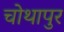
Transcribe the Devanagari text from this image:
चोथापुर